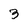
Character: 3